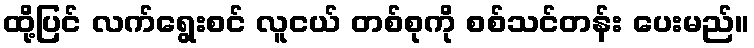
ထို့ပြင် လက်ရွေးစင် လူငယ် တစ်စုကို စစ်သင်တန်း ပေးမည်။